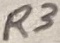
Text: R3